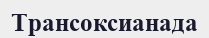
Трансоксианада